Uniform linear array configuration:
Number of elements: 8
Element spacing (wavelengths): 0.75
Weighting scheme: exponential
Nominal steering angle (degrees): -15
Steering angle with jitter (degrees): -14.281
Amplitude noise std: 0.05
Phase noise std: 0.05

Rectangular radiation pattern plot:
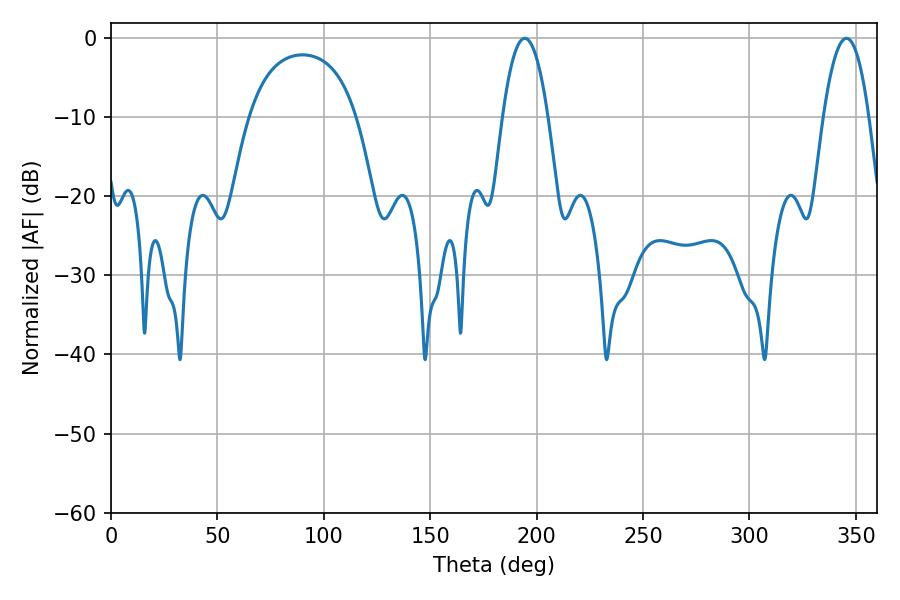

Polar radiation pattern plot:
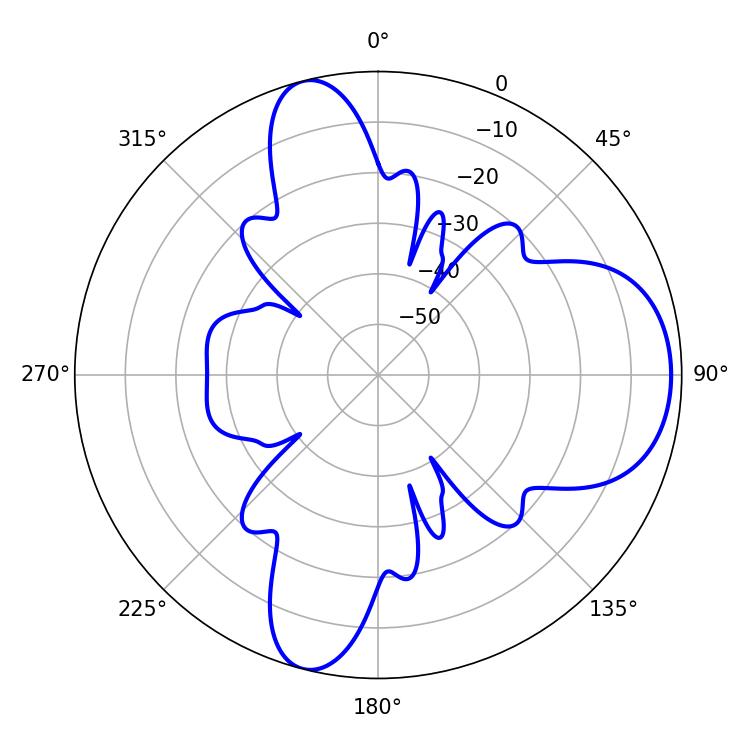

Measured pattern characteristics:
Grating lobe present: TRUE
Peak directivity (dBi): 8.92
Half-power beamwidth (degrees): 11.7
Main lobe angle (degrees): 194.4